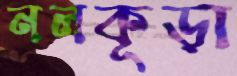
নলকূড়া